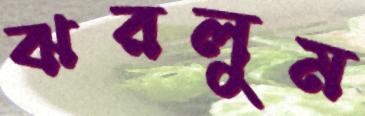
ঝরলুম